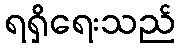
ရရှိရေးသည်